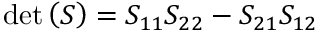
\operatorname* { d e t } \left( \boldsymbol { S } \right) = S _ { 1 1 } S _ { 2 2 } - S _ { 2 1 } S _ { 1 2 }